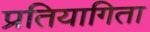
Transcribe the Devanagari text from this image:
प्रतियागिता